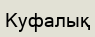
Куфалық